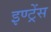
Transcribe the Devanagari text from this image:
इण्ट्रेंस